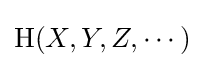
\mathrm {H} (X,Y,Z,\cdots )